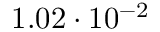
1 . 0 2 \cdot 1 0 ^ { - 2 }